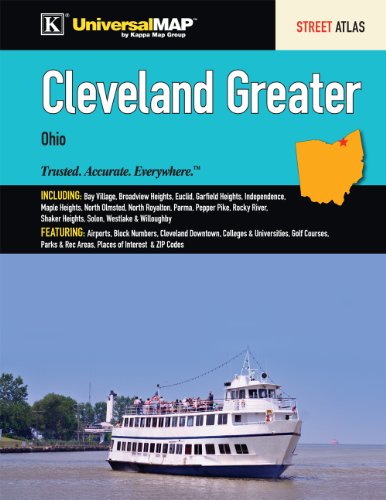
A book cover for Cleveland, OH Greater Street Atlas; Universal Map Group; Travel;